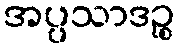
အပ္ပသာဒဉ္စ